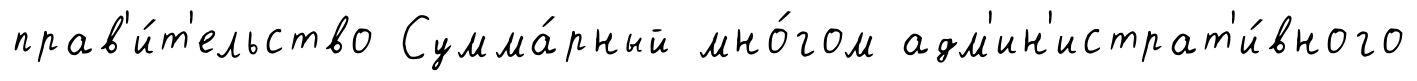
прав'и́т'ельство Сумма́рный мно́гом адм'ин'истрат'и́вного